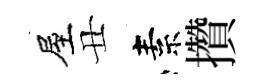
屋丑素攢